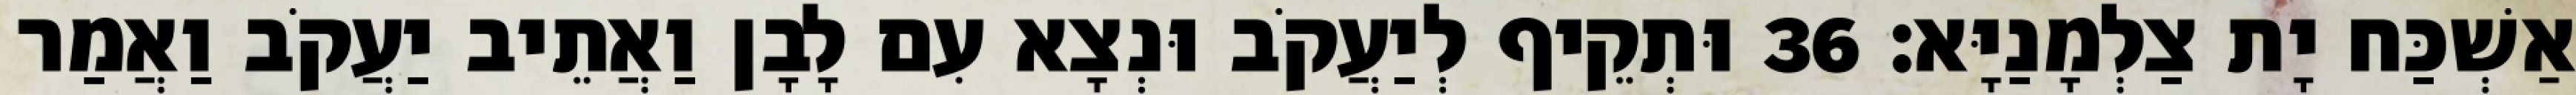
אַשְׁכַּח יָת צַלְמָנַיָּא׃ 36 וּתְקֵיף לְיַעֲקֹב וּנְצָא עִם לָבָן וַאֲתֵיב יַעֲקֹב וַאֲמַר